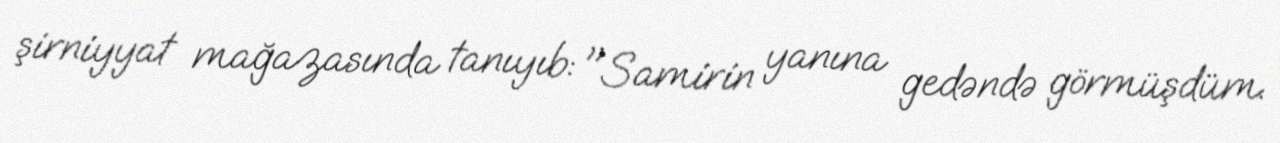
şirniyyat mağazasında tanıyıb: "Samirin yanına gedəndə görmüşdüm.